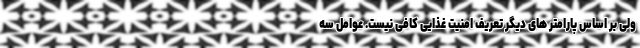
ولی بر اساس پارامتر های دیگر تعریف امنیت غذایی کافی نیست. عوامل سه